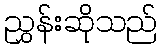
ညွှန်းဆိုသည်